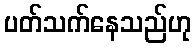
ပတ်သက်နေသည်ဟု